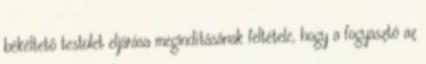
békéltető testület eljárása megindításának feltétele, hogy a fogyasztó az